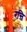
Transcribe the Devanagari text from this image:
रन्ति